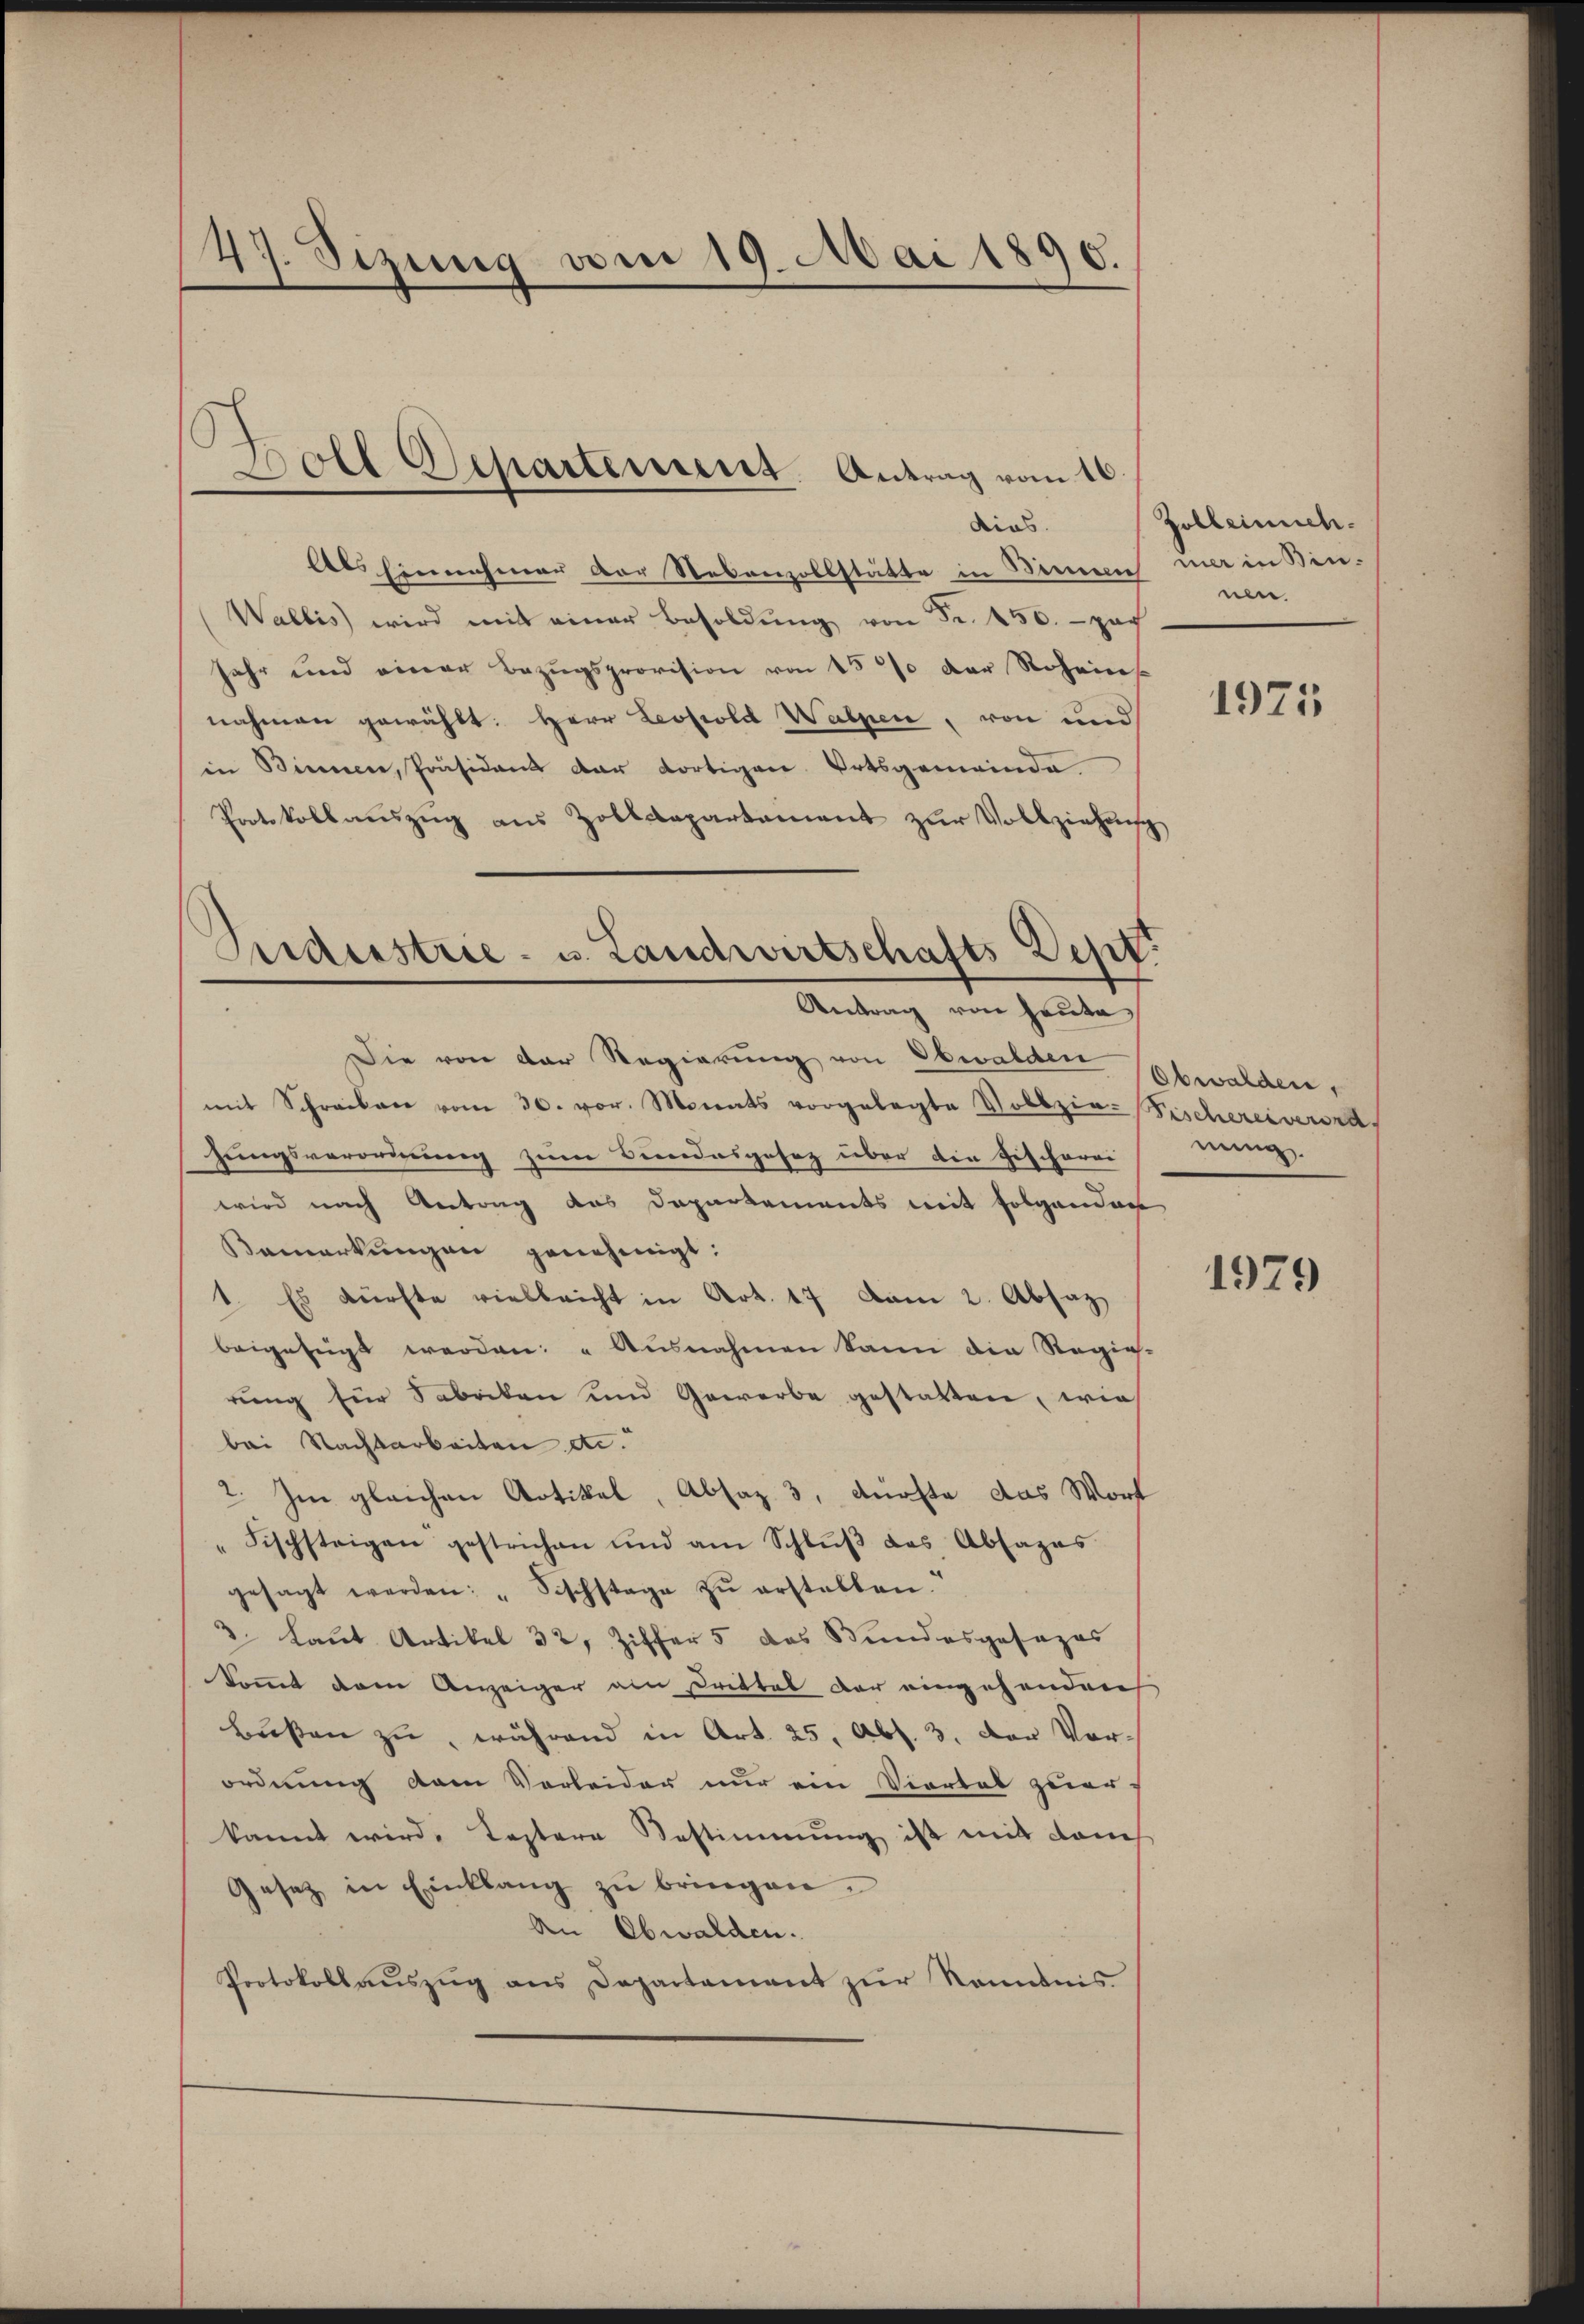
47. Sizung vom 19. Mai 1890.

s
Doll Separtement. Antrag vom 16.
dies

Als hinnehmer der Rebenzollstätte in Sinnern war in Bin¬
Wallis wird mit einer Besoldŭng von Fr. 450. - Zach
jahr und einer Bezŭgsprovision von 15% der Roheins
nahmen gewählt: Herr Leopold Walzen, von und
in Binnen, Präsident der dortigen Ortsgemeinde
Protokollauszug aus Zolldepartement zur Vollziehung
Die von der Regierŭng von Obwalden (Obwalden,
mit Schreiben vom 30. vor. Monats vorgelegte Vollzie- Fischereiverord.
hungsverordnung zum Bundesgesez über die Fischerei
wird nach Antrag das Departements mit folgenden
Bemerkŭngen genehmigt:
1. Es dürfte vielleicht in Art. 17 vom 2. Absaz
beigefügt werden: „Ausnahmen kann die Regie-
rung für Sabacken und Gewerbe gestatten, wie
bei Nachtarbeiten etc.
2. Im gleichen Artikel, Absaz 3, dürfte das Wort
" Fischsteigen gestrichen und am Schlŭβ des Absages
gesagt werden: "Sischstage zŭ erstellen.“
2. Laut Artikel 32, Ziffer 5 das Bundesgesezes
kommt dem Anzeiger von Drittel der eingehanderes
bussen zu, während in Art. 25, Abs. 3. Der Vorordnung dem Verleider nur ein Viertel zuerkannt wird, Testere Bestimmung ist mit dem
Gesetz in Einklang zu bringen.
An Obwalden.
Protokoll aŭszŭg ans Departement zŭr Kenntnis

Sideestrie- u. Landwirtschafts-Dept.
Antrag von Heute

Zolle mich.
nen

1975

nung.

1979